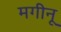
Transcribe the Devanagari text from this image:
मगीनू